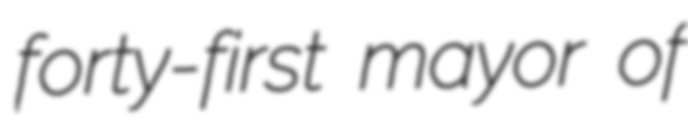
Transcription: forty-first mayor of